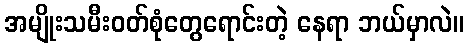
အမျိုးသမီးဝတ်စုံတွေရောင်းတဲ့ နေရာ ဘယ်မှာလဲ။